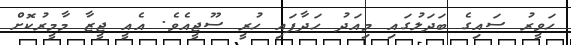
ހަވީރު ސައިގެ ބަދަލުގައި މިއަދު ހަދާފައި ހުރީ ސޫޖީއެވެ. އެއީ ޖީޒާ މާމީރުކޮށް